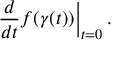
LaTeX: \left. { \frac { d } { d t } } f ( \gamma ( t ) ) \right| _ { t = 0 } .